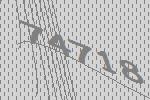
74718